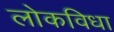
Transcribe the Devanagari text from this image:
लोकविधा